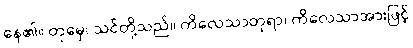
နေ၏။ တုမှေ၊ သင်တို့သည်။ ကိလေသာတုရာ၊ ကိလေသာအားဖြင့်